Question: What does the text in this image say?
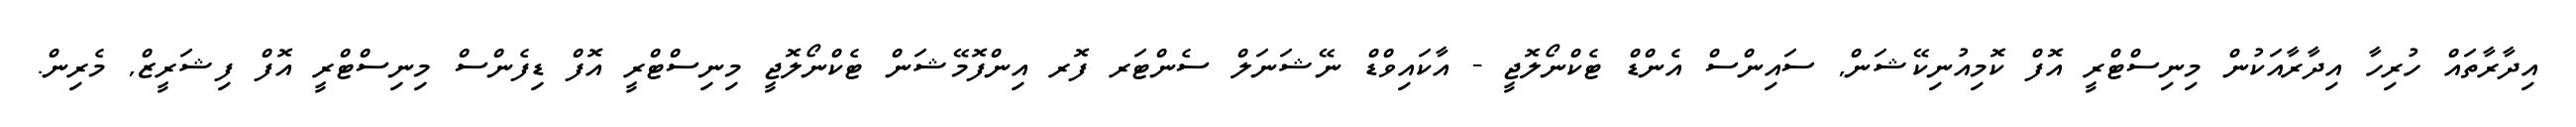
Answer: އިދާރާތައް ހުރިހާ އިދާރާއަކުން މިނިސްޓްރީ އޮފް ކޮމިއުނިކޭޝަން, ސައިންސް އެންޑް ޓެކްނޯލޮޖީ - އާކައިވްޑް ނޭޝަނަލް ސެންޓަރ ފޮރ އިންފޮމޭޝަން ޓެކްނޯލޮޖީ މިނިސްޓްރީ އޮފް ޑިފެންސް މިނިސްޓްރީ އޮފް ފިޝަރީޒް, މެރިން.